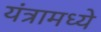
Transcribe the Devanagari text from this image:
यंत्रामध्ये